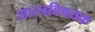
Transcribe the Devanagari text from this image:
शास्त्रविषयक